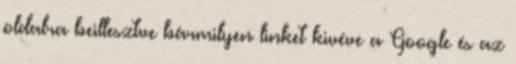
oldalra beillesztve bármilyen linket kivéve a Google és az